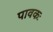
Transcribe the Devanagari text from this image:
पावकः